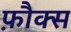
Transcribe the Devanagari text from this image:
फ़ौक्स